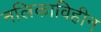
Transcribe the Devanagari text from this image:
नलिकाविहीन